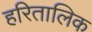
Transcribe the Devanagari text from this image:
हरितालिक